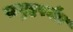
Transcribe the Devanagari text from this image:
समुद्रपर्यंत